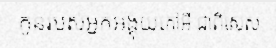
កូនរបស់អ្នកអង្គុយកៅអី ជាពិសេស